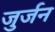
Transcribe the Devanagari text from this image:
जुर्जन